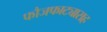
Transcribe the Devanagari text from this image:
फौजफाट्यासह